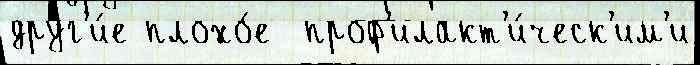
друг'и́е плохо́е  проф'илакт'и́ческ'им'и